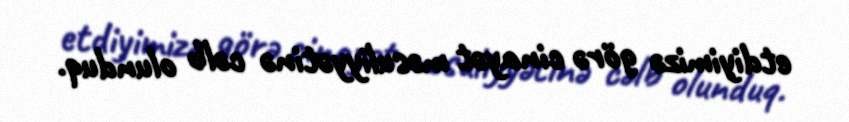
etdiyimizə görə cinayət məsuliyyətinə cəlb olunduq.